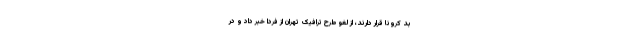
بد کرونا قرار دارند، از لغو طرح ترافیک تهران از فردا خبر داد و در